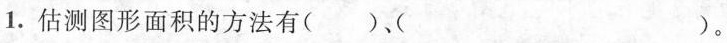
1. 估测图形面积的方法有()、()。